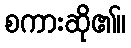
စကားဆို၏။